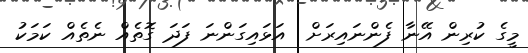
މީގެ ކުރިން އޭނާ ފެންނައިރަށް  އަޅައިގަންނަ ފަދަ ގޮތެއް ނެތެއް ކަމަކު